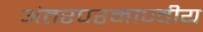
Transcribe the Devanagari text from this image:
अंतरपरमाण्वीय